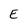
Character: E